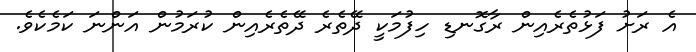
އެ ރަށު ފަޅުތެރެއިން ރާގޮނޑި ހިފުމަކީ ދޭތެރެ ދޭތެރެއިން ކުރަމުން އަންނަ ކަމެކެވެ.